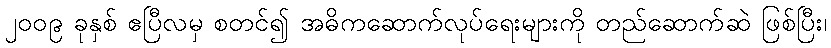
၂၀၀၉ ခုနှစ် ဧပြီလမှ စတင်၍ အဓိကဆောက်လုပ်ရေးများကို တည်ဆောက်ဆဲ ဖြစ်ပြီး၊